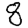
Digit: 8